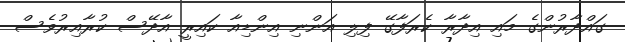
ގައްދާރުންގެ މައި އިދާރާ ކެރަފާގޭ ފިލި އަންނި އިންޑިއާ ކައިރީ އާދޭސް ކުރާއިރުވެސް